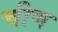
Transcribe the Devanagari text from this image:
चीण